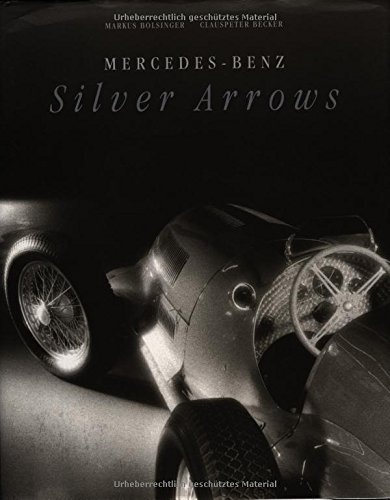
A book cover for Mercedes-Benz Silver Arrows; Markus Bolsinger; Engineering & Transportation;